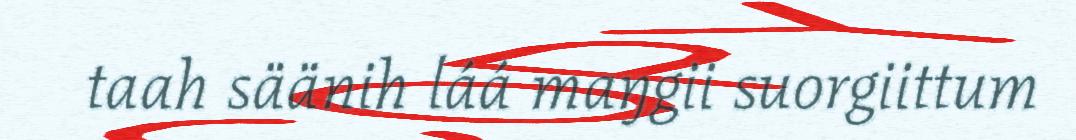
taah säänih láá maŋgii suorgiittum